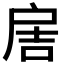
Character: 𢩋